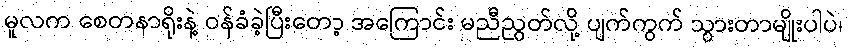
မူလက စေတနာရိုးနဲ့ ဝန်ခံခဲ့ပြီးတော့ အကြောင်း မညီညွတ်လို့ ပျက်ကွက် သွားတာမျိုးပါပဲ၊